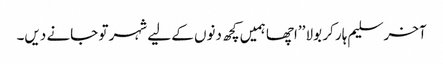
آخر سلیم ہار کر بولا ’’اچھا ہمیں کچھ دنوں کے لیے شہر تو جانے دیں۔